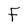
Character: F